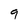
Character: 9